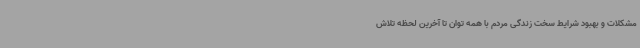
مشکلات و بهبود شرایط سخت زندگی مردم با همه توان تا آخرین لحظه تلاش